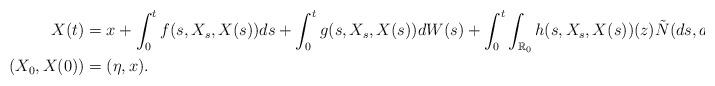
LaTeX: \begin{align*} X(t)&=x+\int_0^t f(s, X_s,X(s))ds +\int_0^t g(s,X_s,X(s))d W(s)+\int_0^t \int_{\mathbb{R}_0}h(s,X_s,X(s))(z)\tilde N(d s,d z)\\ (X_0,X(0))&=(\eta,x).\end{align*}